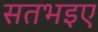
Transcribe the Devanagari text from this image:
सतभइए